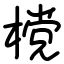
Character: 𣗋